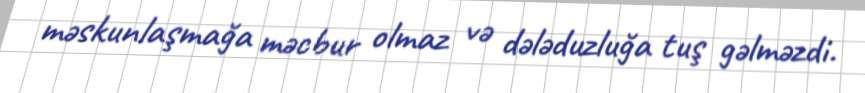
məskunlaşmağa məcbur olmaz və dələduzluğa tuş gəlməzdi.